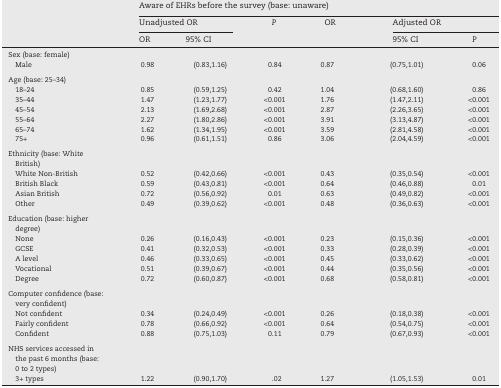
<table><thead><tr><td rowspan="3"></td><td colspan="6"><b>Aware of EHRs before the survey (base: unaware)</b></td></tr><tr><td colspan="2"><b>Unadjusted OR</b></td><td rowspan="2"><b><i>P</i></b></td><td rowspan="2"><b>OR</b></td><td colspan="2"><b>Adjusted OR</b></td></tr><tr><td><b>OR</b></td><td><b>95% CI</b></td><td><b>95% CI</b></td><td><b><i>P</i></b></td></tr></thead><tbody><tr><td>Sex (base: female)</td><td></td><td></td><td></td><td></td><td></td><td></td></tr><tr><td> Male</td><td>0.98</td><td>(0.83,1.16)</td><td>0.84</td><td>0.87</td><td>(0.75,1.01)</td><td>0.06</td></tr><tr><td colspan="7">  </td></tr><tr><td>Age (base: 25–34)</td><td></td><td></td><td></td><td></td><td></td><td></td></tr><tr><td> 18–24</td><td>0.85</td><td>(0.59,1.25)</td><td>0.42</td><td>1.04</td><td>(0.68,1.60)</td><td>0.86</td></tr><tr><td> 35–44</td><td>1.47</td><td>(1.23,1.77)</td><td>&lt;0.001</td><td>1.76</td><td>(1.47,2.11)</td><td>&lt;0.001</td></tr><tr><td> 45–54</td><td>2.13</td><td>(1.69,2.68)</td><td>&lt;0.001</td><td>2.87</td><td>(2.26,3.65)</td><td>&lt;0.001</td></tr><tr><td> 55–64</td><td>2.27</td><td>(1.80,2.86)</td><td>&lt;0.001</td><td>3.91</td><td>(3.13,4.87)</td><td>&lt;0.001</td></tr><tr><td> 65–74</td><td>1.62</td><td>(1.34,1.95)</td><td>&lt;0.001</td><td>3.59</td><td>(2.81,4.58)</td><td>&lt;0.001</td></tr><tr><td> 75+</td><td>0.96</td><td>(0.61,1.51)</td><td>0.86</td><td>3.06</td><td>(2.04,4.59)</td><td>&lt;0.001</td></tr><tr><td colspan="7">  </td></tr><tr><td>Ethnicity (base: White British)</td><td></td><td></td><td></td><td></td><td></td><td></td></tr><tr><td> White Non-British</td><td>0.52</td><td>(0.42,0.66)</td><td>&lt;0.001</td><td>0.43</td><td>(0.35,0.54)</td><td>&lt;0.001</td></tr><tr><td> British Black</td><td>0.59</td><td>(0.43,0.81)</td><td>&lt;0.001</td><td>0.64</td><td>(0.46,0.88)</td><td>0.01</td></tr><tr><td> Asian British</td><td>0.72</td><td>(0.56,0.92)</td><td>0.01</td><td>0.63</td><td>(0.49,0.82)</td><td>&lt;0.001</td></tr><tr><td> Other</td><td>0.49</td><td>(0.39,0.62)</td><td>&lt;0.001</td><td>0.48</td><td>(0.36,0.63)</td><td>&lt;0.001</td></tr><tr><td colspan="7">  </td></tr><tr><td>Education (base: higher degree)</td><td></td><td></td><td></td><td></td><td></td><td></td></tr><tr><td> None</td><td>0.26</td><td>(0.16,0.43)</td><td>&lt;0.001</td><td>0.23</td><td>(0.15,0.36)</td><td>&lt;0.001</td></tr><tr><td> GCSE</td><td>0.41</td><td>(0.32,0.53)</td><td>&lt;0.001</td><td>0.33</td><td>(0.28,0.39)</td><td>&lt;0.001</td></tr><tr><td> A level</td><td>0.46</td><td>(0.33,0.65)</td><td>&lt;0.001</td><td>0.45</td><td>(0.33,0.62)</td><td>&lt;0.001</td></tr><tr><td> Vocational</td><td>0.51</td><td>(0.39,0.67)</td><td>&lt;0.001</td><td>0.44</td><td>(0.35,0.56)</td><td>&lt;0.001</td></tr><tr><td> Degree</td><td>0.72</td><td>(0.60,0.87)</td><td>&lt;0.001</td><td>0.68</td><td>(0.58,0.81)</td><td>&lt;0.001</td></tr><tr><td colspan="7">  </td></tr><tr><td>Computer confidence (base: very confident)</td><td></td><td></td><td></td><td></td><td></td><td></td></tr><tr><td> Not confident</td><td>0.34</td><td>(0.24,0.49)</td><td>&lt;0.001</td><td>0.26</td><td>(0.18,0.38)</td><td>&lt;0.001</td></tr><tr><td> Fairly confident</td><td>0.78</td><td>(0.66,0.92)</td><td>&lt;0.001</td><td>0.64</td><td>(0.54,0.75)</td><td>&lt;0.001</td></tr><tr><td> Confident</td><td>0.88</td><td>(0.75,1.03)</td><td>0.11</td><td>0.79</td><td>(0.67,0.93)</td><td>&lt;0.001</td></tr><tr><td colspan="7">  </td></tr><tr><td>NHS services accessed in the past 6 months (base: 0 to 2 types)</td><td></td><td></td><td></td><td></td><td></td><td></td></tr><tr><td> 3+ types</td><td>1.22</td><td>(0.90,1.70)</td><td>.02</td><td>1.27</td><td>(1.05,1.53)</td><td>0.01</td></tr></tbody></table>